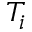
T _ { i }